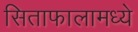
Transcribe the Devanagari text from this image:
सिताफालामध्ये